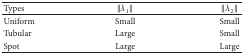
| Types | ||λ1|| | ||λ2|| |
 | --- | --- | --- |
 | Uniform | Small | Small |
 | Tubular | Large | Small |
 | Spot | Large | Large |